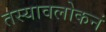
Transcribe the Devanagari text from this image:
तस्यावलोकनं